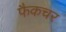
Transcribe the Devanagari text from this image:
फैकचर